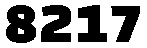
8217